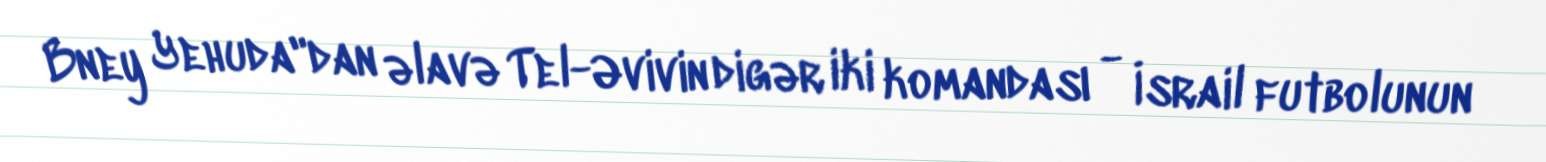
Bney Yehuda"dan əlavə Tel-Əvivin digər iki komandası - İsrail futbolunun